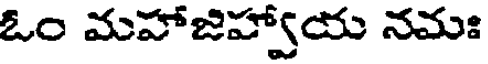
ఓం మహాజిహ్వాయ నమః